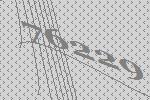
76229